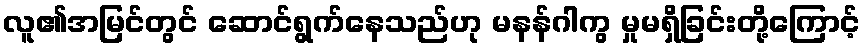
လူ၏အမြင်တွင် ဆောင်ရွက်နေသည်ဟု မနန်ဂါကွ မှုမရှိခြင်းတို့ကြောင့်